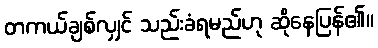
တကယ်ချစ်လျှင် သည်းခံရမည်ဟု ဆိုနေပြန်၏။